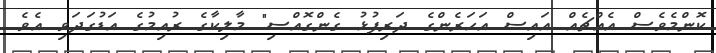
ކޮންމެވެސް އެއްޗެއް އައިސް އަހަރެންގެ ދަރިފުޅު ގެންގޮއްސި" މާލިކާގެ ރުއިމުގެ އަޑުގަދަވި އެވެ.